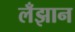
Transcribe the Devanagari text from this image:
लँझान